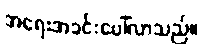
အရေးအခင်းပေါ်လာသည်။